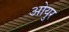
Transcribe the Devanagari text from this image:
ओयुर